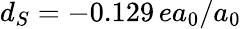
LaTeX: d_{S}=-0.129\, ea_{0}/a_{0}